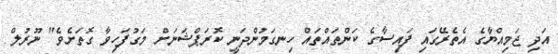
އަދި ޖަމިއްޔާގެ އެތެރޭގައި ފައިސާގެ ކަންތައްތައް ހިނގަމުންދަނީ ކޮރަޕްޝަނަށް މަގުފަހިވާ ގޮތަށެވެ" ނޫރުލް